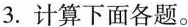
3.计算下面各题。